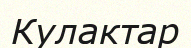
Кулактар